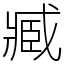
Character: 臧